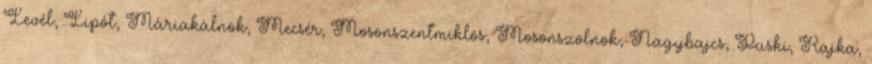
Levél, Lipót, Máriakálnok, Mecsér, Mosonszentmiklós, Mosonszolnok, Nagybajcs, Püski, Rajka,